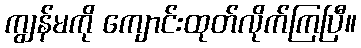
ကျွန်မကို ကျောင်းထုတ်လိုက်ကြပြီ။